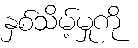
နှစ်သိမ့်မှုကို